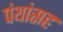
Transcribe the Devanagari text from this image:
पंथांसह